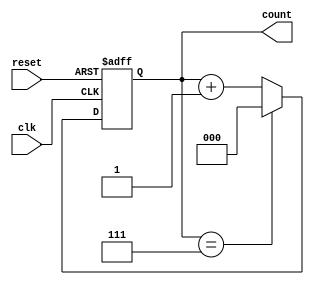
module mod_n_async_counter (
    input wire clk,             // Asynchronous Enable signal
    input wire reset,           // Asynchronous reset signal
    output reg [2:0] count      // 3-bit output for counting (Mod-8)
);

    // Asynchronous reset and counting logic
    always @(posedge clk or posedge reset) begin
        if (reset) begin
            count <= 3'b000;    // Reset count to 0
        end else begin
            if (count == 3'b111) // Check if count == 7 (for Mod-8)
                count <= 3'b000;  // Reset to 0
            else
                count <= count + 1; // Increment count
        end
    end
endmodule